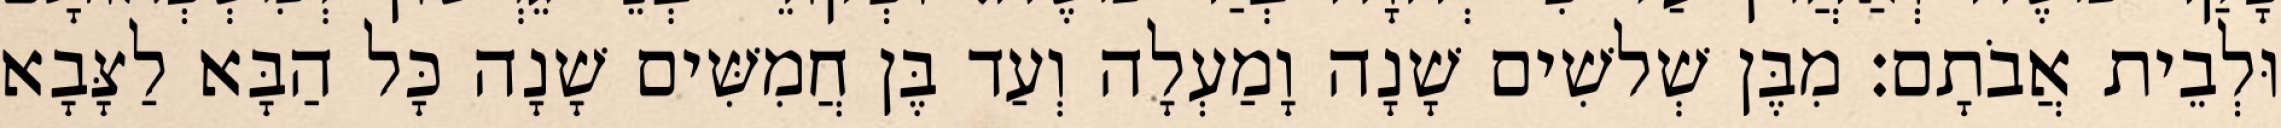
וּלְבֵית אֲבֹתָם׃ מִבֶּן שְׁלשִׁים שָׁנָה וָמַעְלָה וְעַד בֶּן חֲמִשִּׁים שָׁנָה כָּל הַבָּא לַצָּבָא